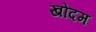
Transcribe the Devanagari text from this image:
खोदम